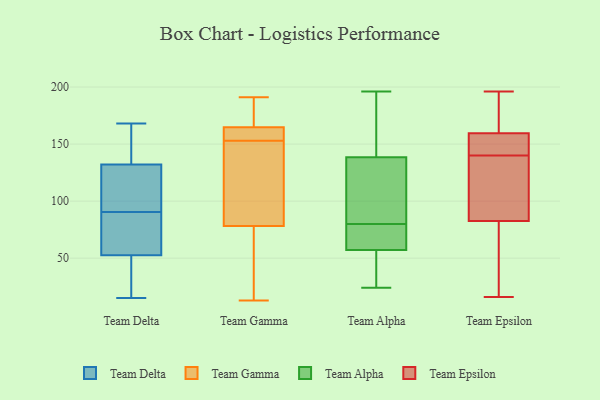
{"axis": {"x": "Bounce Rate (%)", "y": "Value"}, "legend": ["Team Alpha", "Team Delta", "Team Epsilon", "Team Gamma"], "data": [{"x": "", "y": 69, "type": "Team Delta"}, {"x": "", "y": 86, "type": "Team Delta"}, {"x": "", "y": 146, "type": "Team Delta"}, {"x": "", "y": 15, "type": "Team Delta"}, {"x": "", "y": 61, "type": "Team Delta"}, {"x": "", "y": 50, "type": "Team Delta"}, {"x": "", "y": 143, "type": "Team Delta"}, {"x": "", "y": 95, "type": "Team Delta"}, {"x": "", "y": 137, "type": "Team Delta"}, {"x": "", "y": 17, "type": "Team Delta"}, {"x": "", "y": 99, "type": "Team Delta"}, {"x": "", "y": 99, "type": "Team Delta"}, {"x": "", "y": 15, "type": "Team Delta"}, {"x": "", "y": 168, "type": "Team Delta"}, {"x": "", "y": 68, "type": "Team Delta"}, {"x": "", "y": 115, "type": "Team Delta"}, {"x": "", "y": 127, "type": "Team Delta"}, {"x": "", "y": 55, "type": "Team Delta"}, {"x": "", "y": 160, "type": "Team Delta"}, {"x": "", "y": 23, "type": "Team Delta"}, {"x": "", "y": 76, "type": "Team Gamma"}, {"x": "", "y": 182, "type": "Team Gamma"}, {"x": "", "y": 191, "type": "Team Gamma"}, {"x": "", "y": 15, "type": "Team Gamma"}, {"x": "", "y": 101, "type": "Team Gamma"}, {"x": "", "y": 13, "type": "Team Gamma"}, {"x": "", "y": 85, "type": "Team Gamma"}, {"x": "", "y": 153, "type": "Team Gamma"}, {"x": "", "y": 164, "type": "Team Gamma"}, {"x": "", "y": 163, "type": "Team Gamma"}, {"x": "", "y": 165, "type": "Team Gamma"}, {"x": "", "y": 125, "type": "Team Alpha"}, {"x": "", "y": 55, "type": "Team Alpha"}, {"x": "", "y": 24, "type": "Team Alpha"}, {"x": "", "y": 143, "type": "Team Alpha"}, {"x": "", "y": 65, "type": "Team Alpha"}, {"x": "", "y": 27, "type": "Team Alpha"}, {"x": "", "y": 80, "type": "Team Alpha"}, {"x": "", "y": 64, "type": "Team Alpha"}, {"x": "", "y": 109, "type": "Team Alpha"}, {"x": "", "y": 151, "type": "Team Alpha"}, {"x": "", "y": 196, "type": "Team Alpha"}, {"x": "", "y": 133, "type": "Team Epsilon"}, {"x": "", "y": 158, "type": "Team Epsilon"}, {"x": "", "y": 196, "type": "Team Epsilon"}, {"x": "", "y": 91, "type": "Team Epsilon"}, {"x": "", "y": 157, "type": "Team Epsilon"}, {"x": "", "y": 103, "type": "Team Epsilon"}, {"x": "", "y": 130, "type": "Team Epsilon"}, {"x": "", "y": 183, "type": "Team Epsilon"}, {"x": "", "y": 16, "type": "Team Epsilon"}, {"x": "", "y": 51, "type": "Team Epsilon"}, {"x": "", "y": 161, "type": "Team Epsilon"}, {"x": "", "y": 148, "type": "Team Epsilon"}, {"x": "", "y": 175, "type": "Team Epsilon"}, {"x": "", "y": 155, "type": "Team Epsilon"}, {"x": "", "y": 195, "type": "Team Epsilon"}, {"x": "", "y": 31, "type": "Team Epsilon"}, {"x": "", "y": 147, "type": "Team Epsilon"}, {"x": "", "y": 24, "type": "Team Epsilon"}, {"x": "", "y": 74, "type": "Team Epsilon"}, {"x": "", "y": 121, "type": "Team Epsilon"}]}